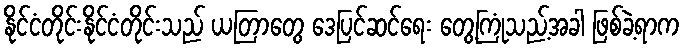
နိုင်ငံတိုင်းနိုင်ငံတိုင်းသည် ယတြာတွေ ဒေပြင်ဆင်ရေး တွေ့ကြုံသည့်အခါ ဖြစ်ခဲ့ရာက